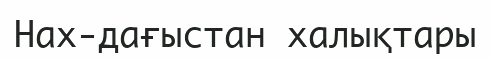
Нах-дағыстан халықтары